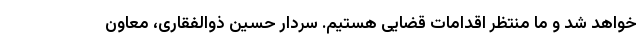
خواهد شد و ما منتظر اقدامات قضایی هستیم. سردار حسین ذوالفقاری، معاون